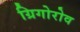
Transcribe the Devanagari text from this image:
ग्रिगोरोव